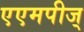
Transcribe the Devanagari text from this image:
एएमपीज्